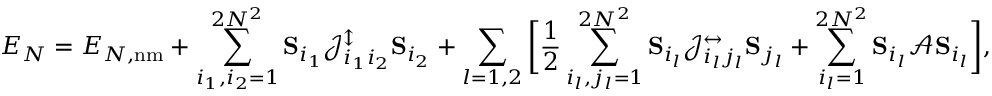
E _ { N } = E _ { N , \mathrm { n m } } + \sum _ { i _ { 1 } , i _ { 2 } = 1 } ^ { 2 N ^ { 2 } } { \bf S } _ { i _ { 1 } } \mathcal { J } _ { i _ { 1 } i _ { 2 } } ^ { \updownarrow } { \bf S } _ { i _ { 2 } } + \sum _ { l = 1 , 2 } \bigg [ \frac { 1 } { 2 } \sum _ { i _ { l } , j _ { l } = 1 } ^ { 2 N ^ { 2 } } { \bf S } _ { i _ { l } } \mathcal { J } _ { i _ { l } j _ { l } } ^ { \leftrightarrow } { \bf S } _ { j _ { l } } + \sum _ { i _ { l } = 1 } ^ { 2 N ^ { 2 } } { \bf S } _ { i _ { l } } \mathcal { A } { \bf S } _ { i _ { l } } \bigg ] ,